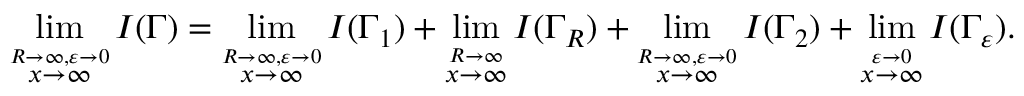
\operatorname* { l i m } _ { \stackrel { R \to \infty , \varepsilon \to 0 } { x \to \infty } } I ( \Gamma ) = \operatorname* { l i m } _ { \stackrel { R \to \infty , \varepsilon \to 0 } { x \to \infty } } I ( \Gamma _ { 1 } ) + \operatorname* { l i m } _ { \stackrel { R \to \infty } { x \to \infty } } I ( \Gamma _ { R } ) + \operatorname* { l i m } _ { \stackrel { R \to \infty , \varepsilon \to 0 } { x \to \infty } } I ( \Gamma _ { 2 } ) + \operatorname* { l i m } _ { \stackrel { \varepsilon \to 0 } { x \to \infty } } I ( \Gamma _ { \varepsilon } ) .